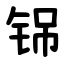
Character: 铞